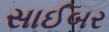
સાઈબર